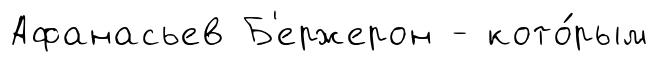
Афанасьев Б'ержерон - кото́рым